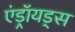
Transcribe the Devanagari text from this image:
एंड्रॉयड्स